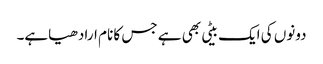
دونوں کی ایک بیٹی بھی ہے جس کا نام ارادھیاہے۔